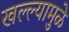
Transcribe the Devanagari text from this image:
खल्ल्यामुळे